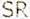
SR